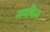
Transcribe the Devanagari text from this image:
नमकिन